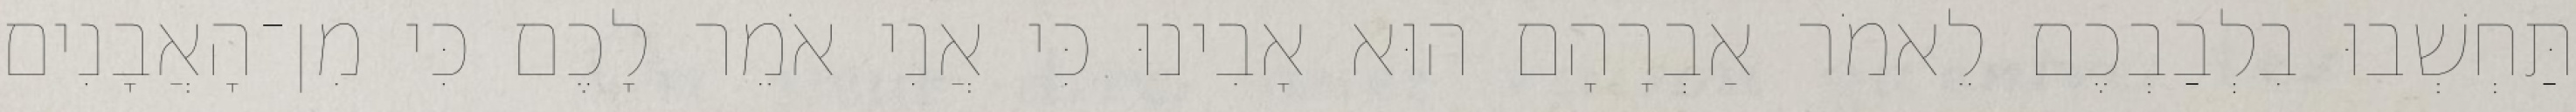
תַּחְשְׁבוּ בִלְבַבְכֶם לֵאמֹר אַבְרָהָם הוּא אָבִינוּ כִּי אֲנִי אֹמֵר לָכֶם כִּי מִן־הָאֲבָנִים